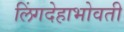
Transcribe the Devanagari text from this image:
लिंगदेहाभोवती